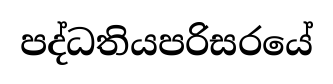
පද්ධතියපරිසරයේ